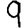
Digit: 9